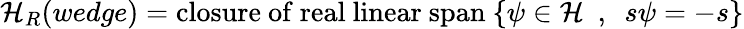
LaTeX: {\cal H}_{R}(wedge)=\mathrm{closure~of~real~linear~span}~\{ \psi\in{\cal H}~~,~~s\psi=-s\}